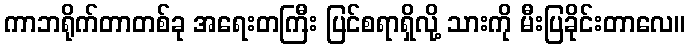
ကာဘရိုက်တာတစ်ခု အရေးတကြီး ပြင်စရာရှိလို့ သားကို မီးပြခိုင်းတာလေ။